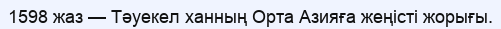
1598 жаз — Тәуекел ханның Орта Азияға жеңісті жорығы.